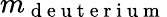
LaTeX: m_{\mathrm{~d~e~u~t~e~r~i~u~m~}}